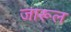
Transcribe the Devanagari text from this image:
जारूल